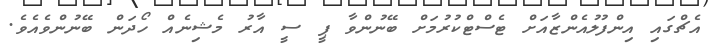
އެޗްގައި އިންފުލުއެންޒާއަށް ޓެސްޓްކުރުމަށް ބޭނުންވާ ޕީ ސީ އާރު މެޝިނެއް ހޯދަން ބޭނުންވެއެވެ.